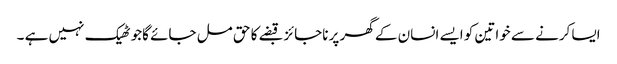
ایسا کرنے سے خواتین کو ایسے انسان کے گھر پر ناجائز قبضے کا حق مل جائے گاجو ٹھیک نہیں ہے ۔